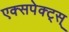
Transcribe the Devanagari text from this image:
एक्सपेक्ट्स्